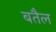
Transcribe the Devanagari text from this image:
बतैल